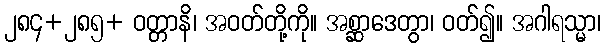
၂၈၄+၂၈၅+ ဝတ္တာနိ၊ အဝတ်တို့ကို။ အစ္ဆာဒေတွာ၊ ဝတ်၍။ အဂါရသ္မာ၊